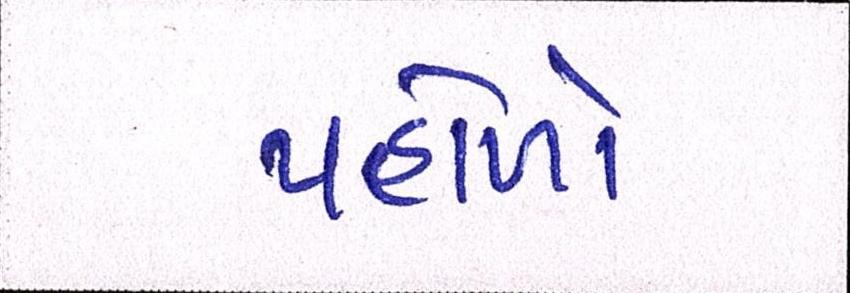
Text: પહોળો